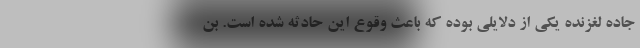
جاده لغزنده یکی از دلایلی بوده که باعث وقوع این حادثه شده است. بن